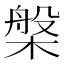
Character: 槃